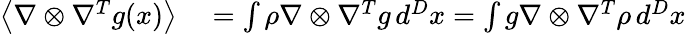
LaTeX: \begin{array}{rl}{\left\langle\nabla\otimes\nabla^{T}g(x)\right\rangle}&{{}=\int\rho\nabla\otimes\nabla^{T}g\, d^{D}x=\int g\nabla\otimes\nabla^{T}\rho\, d^{D}x}\end{array}